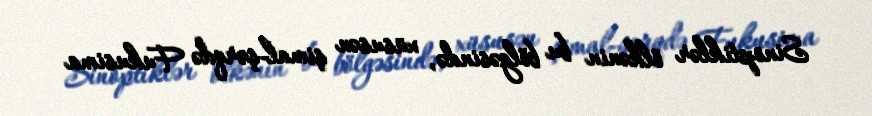
Sinoptiklər ölkənin bu bölgəsində, xüsusən şimal-şərqdə Fukusima